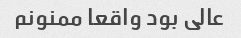
عالی بود واقعا ممنونم